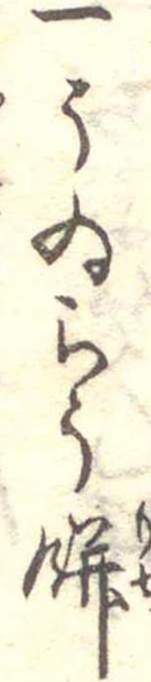
一うゐらう餅